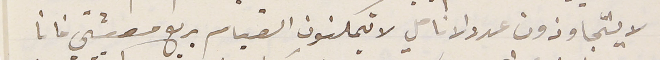
لا يتجاوزون عدد الانامل لا يتمكنون القيام بربع معيشتي فانا